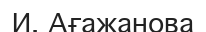
И. Ағажанова